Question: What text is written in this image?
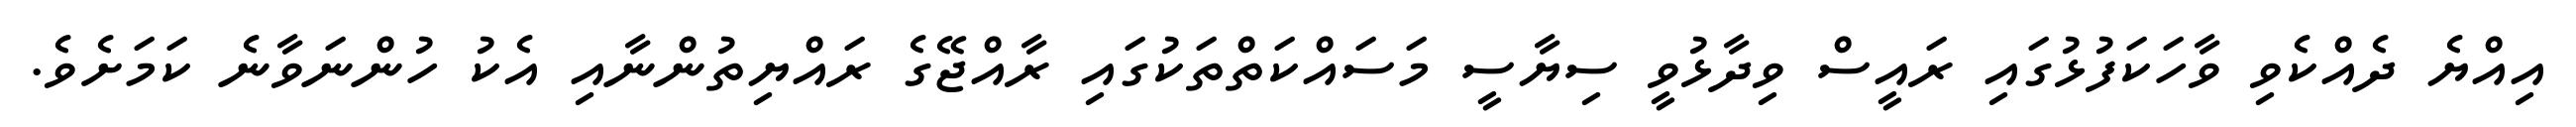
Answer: އިއްޔެ ދެއްކެވި ވާހަކަފުޅުގައި ރައީސް ވިދާޅުވީ ސިޔާސީ މަސައްކަތްތަކުގައި ރާއްޖޭގެ ރައްޔިތުންނާއި އެކު ހުންނަވާނެ ކަމަށެވެ.